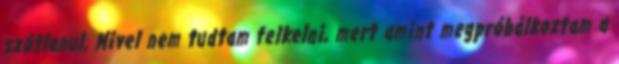
szótlanul. Mivel nem tudtam felkelni, mert amint megpróbálkoztam a